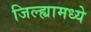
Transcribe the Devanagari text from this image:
जिल्‍ह्यामध्ये